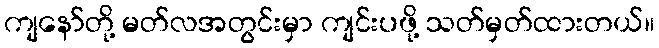
ကျနော်တို့ မတ်လအတွင်းမှာ ကျင်းပဖို့ သတ်မှတ်ထားတယ်။